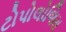
ટોપોલોજિસ